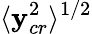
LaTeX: \langle\mathbf{y}_{cr}^{2}\rangle^{1/2}